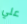
علي